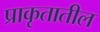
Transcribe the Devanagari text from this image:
प्राकृतातील